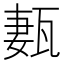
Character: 㼮